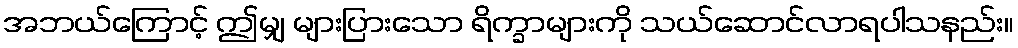
အဘယ်ကြောင့် ဤမျှ များပြားသော ရိက္ခာများကို သယ်ဆောင်လာရပါသနည်း။